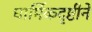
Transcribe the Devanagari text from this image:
धार्मिकदृष्टीने